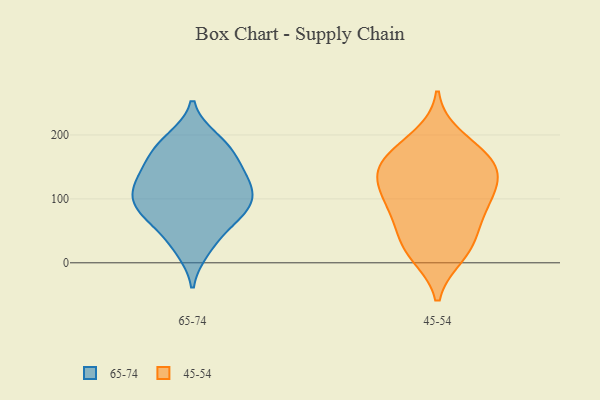
{"axis": {"x": "Customer Acquisition Cost (USD)", "y": "Value"}, "legend": ["45-54", "65-74"], "data": [{"x": "", "y": 98, "type": "65-74"}, {"x": "", "y": 29, "type": "65-74"}, {"x": "", "y": 65, "type": "65-74"}, {"x": "", "y": 75, "type": "65-74"}, {"x": "", "y": 193, "type": "65-74"}, {"x": "", "y": 79, "type": "65-74"}, {"x": "", "y": 116, "type": "65-74"}, {"x": "", "y": 147, "type": "65-74"}, {"x": "", "y": 21, "type": "65-74"}, {"x": "", "y": 166, "type": "65-74"}, {"x": "", "y": 157, "type": "65-74"}, {"x": "", "y": 71, "type": "65-74"}, {"x": "", "y": 104, "type": "65-74"}, {"x": "", "y": 187, "type": "65-74"}, {"x": "", "y": 116, "type": "65-74"}, {"x": "", "y": 133, "type": "65-74"}, {"x": "", "y": 127, "type": "65-74"}, {"x": "", "y": 95, "type": "65-74"}, {"x": "", "y": 184, "type": "65-74"}, {"x": "", "y": 81, "type": "45-54"}, {"x": "", "y": 81, "type": "45-54"}, {"x": "", "y": 163, "type": "45-54"}, {"x": "", "y": 127, "type": "45-54"}, {"x": "", "y": 139, "type": "45-54"}, {"x": "", "y": 139, "type": "45-54"}, {"x": "", "y": 14, "type": "45-54"}, {"x": "", "y": 197, "type": "45-54"}, {"x": "", "y": 12, "type": "45-54"}, {"x": "", "y": 41, "type": "45-54"}, {"x": "", "y": 96, "type": "45-54"}, {"x": "", "y": 164, "type": "45-54"}, {"x": "", "y": 37, "type": "45-54"}, {"x": "", "y": 100, "type": "45-54"}, {"x": "", "y": 174, "type": "45-54"}, {"x": "", "y": 138, "type": "45-54"}]}